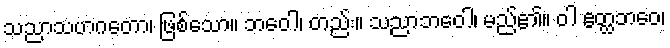
သညာသဟဂတော၊ ဖြစ်သော။ ဘဝေါ၊ တည်း။ သညာဘဝေါ၊ မည်၏။ ဝါ ဧတ္ထဘဝေ၊